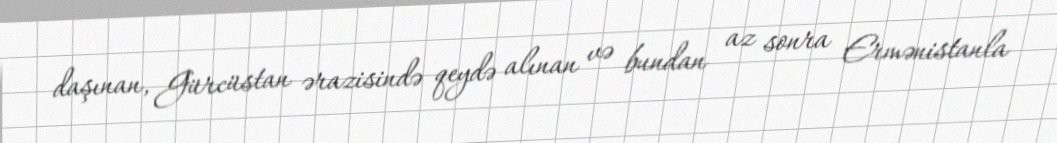
daşınan, Gürcüstan ərazisində qeydə alınan və bundan az sonra Ermənistanla